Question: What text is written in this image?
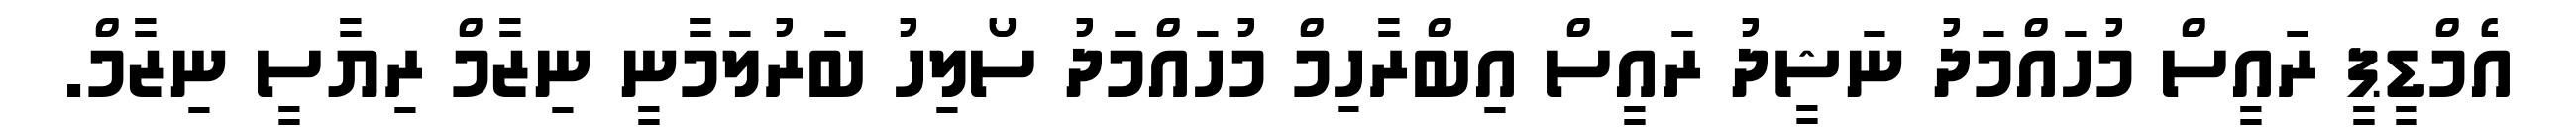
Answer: އެމްޑީޕީ ރައީސް މުހައްމަދު ނަޝީދު ރައީސް އިބްރާހިމް މުހައްމަދު ސޯލިހު ބަރުލަމާނީ ނިޒާމް ރިޔާސީ ނިޒާމް.